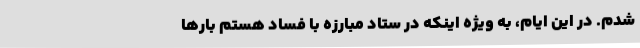
شدم. در این ایام، به ویژه اینکه در ستاد مبارزه با فساد هستم بارها